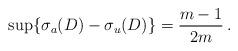
LaTeX: \begin{align*}\sup \{\sigma_{a}(D) - \sigma_{u} (D)\} = \frac{m-1}{2m} \,.\end{align*}